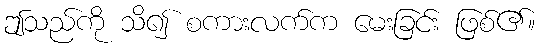
ဤသည်ကို သိ၍ စကားလက်က မေးခြင်း ဖြစ်၏။